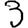
Digit: 3